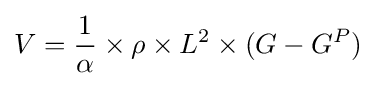
V={\frac {1}{\alpha }}\times \rho \times L^{2}\times (G-G^{P})